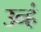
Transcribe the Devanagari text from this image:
उन्हं